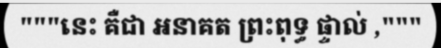
"""នេះ គឺជា អនាគត ព្រះពុទ្ធ ផ្ទាល់ ,"""